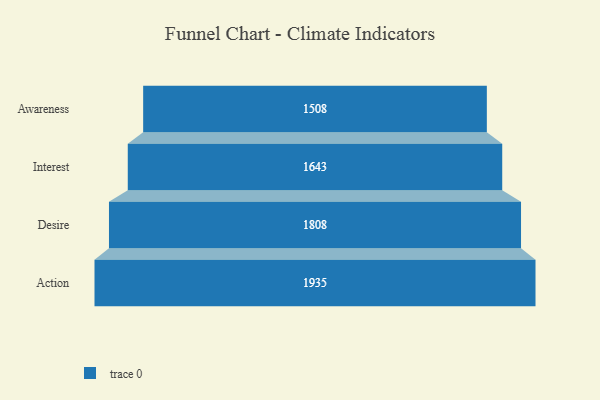
{"axis": {"x": "Stage", "y": "Value"}, "legend": [""], "data": [{"x": "Awareness", "y": 1508.0, "type": ""}, {"x": "Interest", "y": 1643.0, "type": ""}, {"x": "Desire", "y": 1808.0, "type": ""}, {"x": "Action", "y": 1935.0, "type": ""}]}